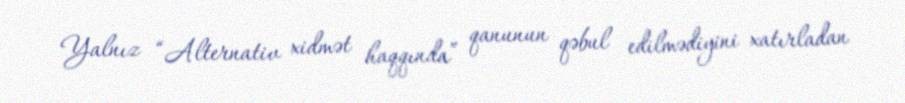
Yalnız “Alternativ xidmət haqqında” qanunun qəbul edilmədiyini xatırladan